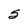
Character: 5